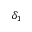
\delta _ { 1 }